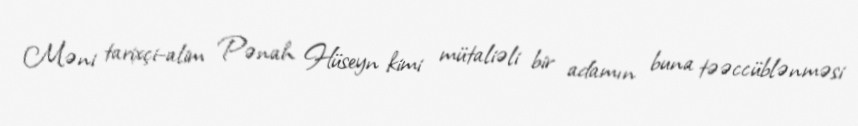
Məni tarixçi-alim Pənah Hüseyn kimi mütaliəli bir adamın buna təəccüblənməsi